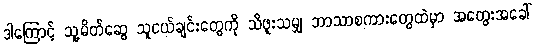
ဒါကြောင့် သူ့မိတ်ဆွေ သူငယ်ချင်းတွေကို သိဖူးသမျှ ဘာသာစကားတွေထဲမှာ အတွေးအခေါ်